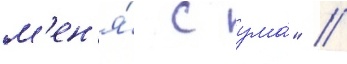
м'ен'я́ с ума́" //